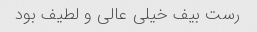
رست بیف خیلی عالی و لطیف بود